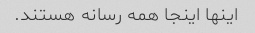
اینها اینجا همه رسانه هستند.